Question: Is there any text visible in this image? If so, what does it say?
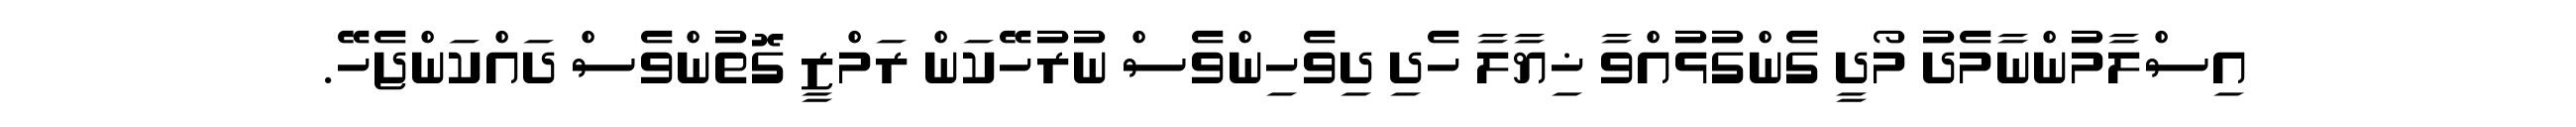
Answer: އިސްލާމުންނާމެދު މޯދީ ގެންގުޅުއްވާ ޚިޔާލާ ހެދި ދިވެހިންވެސް ނުރުހޭކަން ރަމްޒީ ގޮތުންވެސް ދައްކަންޖެހޭ.